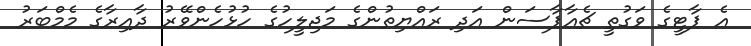
އެ ޕާޓީގެ ވަގުތީ ޗެއާޕާސަން އަދި ރައްޔިތުންގެ މަޖިލީހުގެ ހުޅުހެންވޭރު ދާއިރާގެ މެމްބަރު